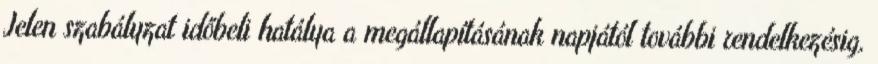
Jelen szabályzat időbeli hatálya a megállapításának napjától további rendelkezésig,